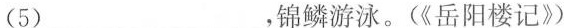
(5)_，锦鳞游泳。(《岳阳楼记》）